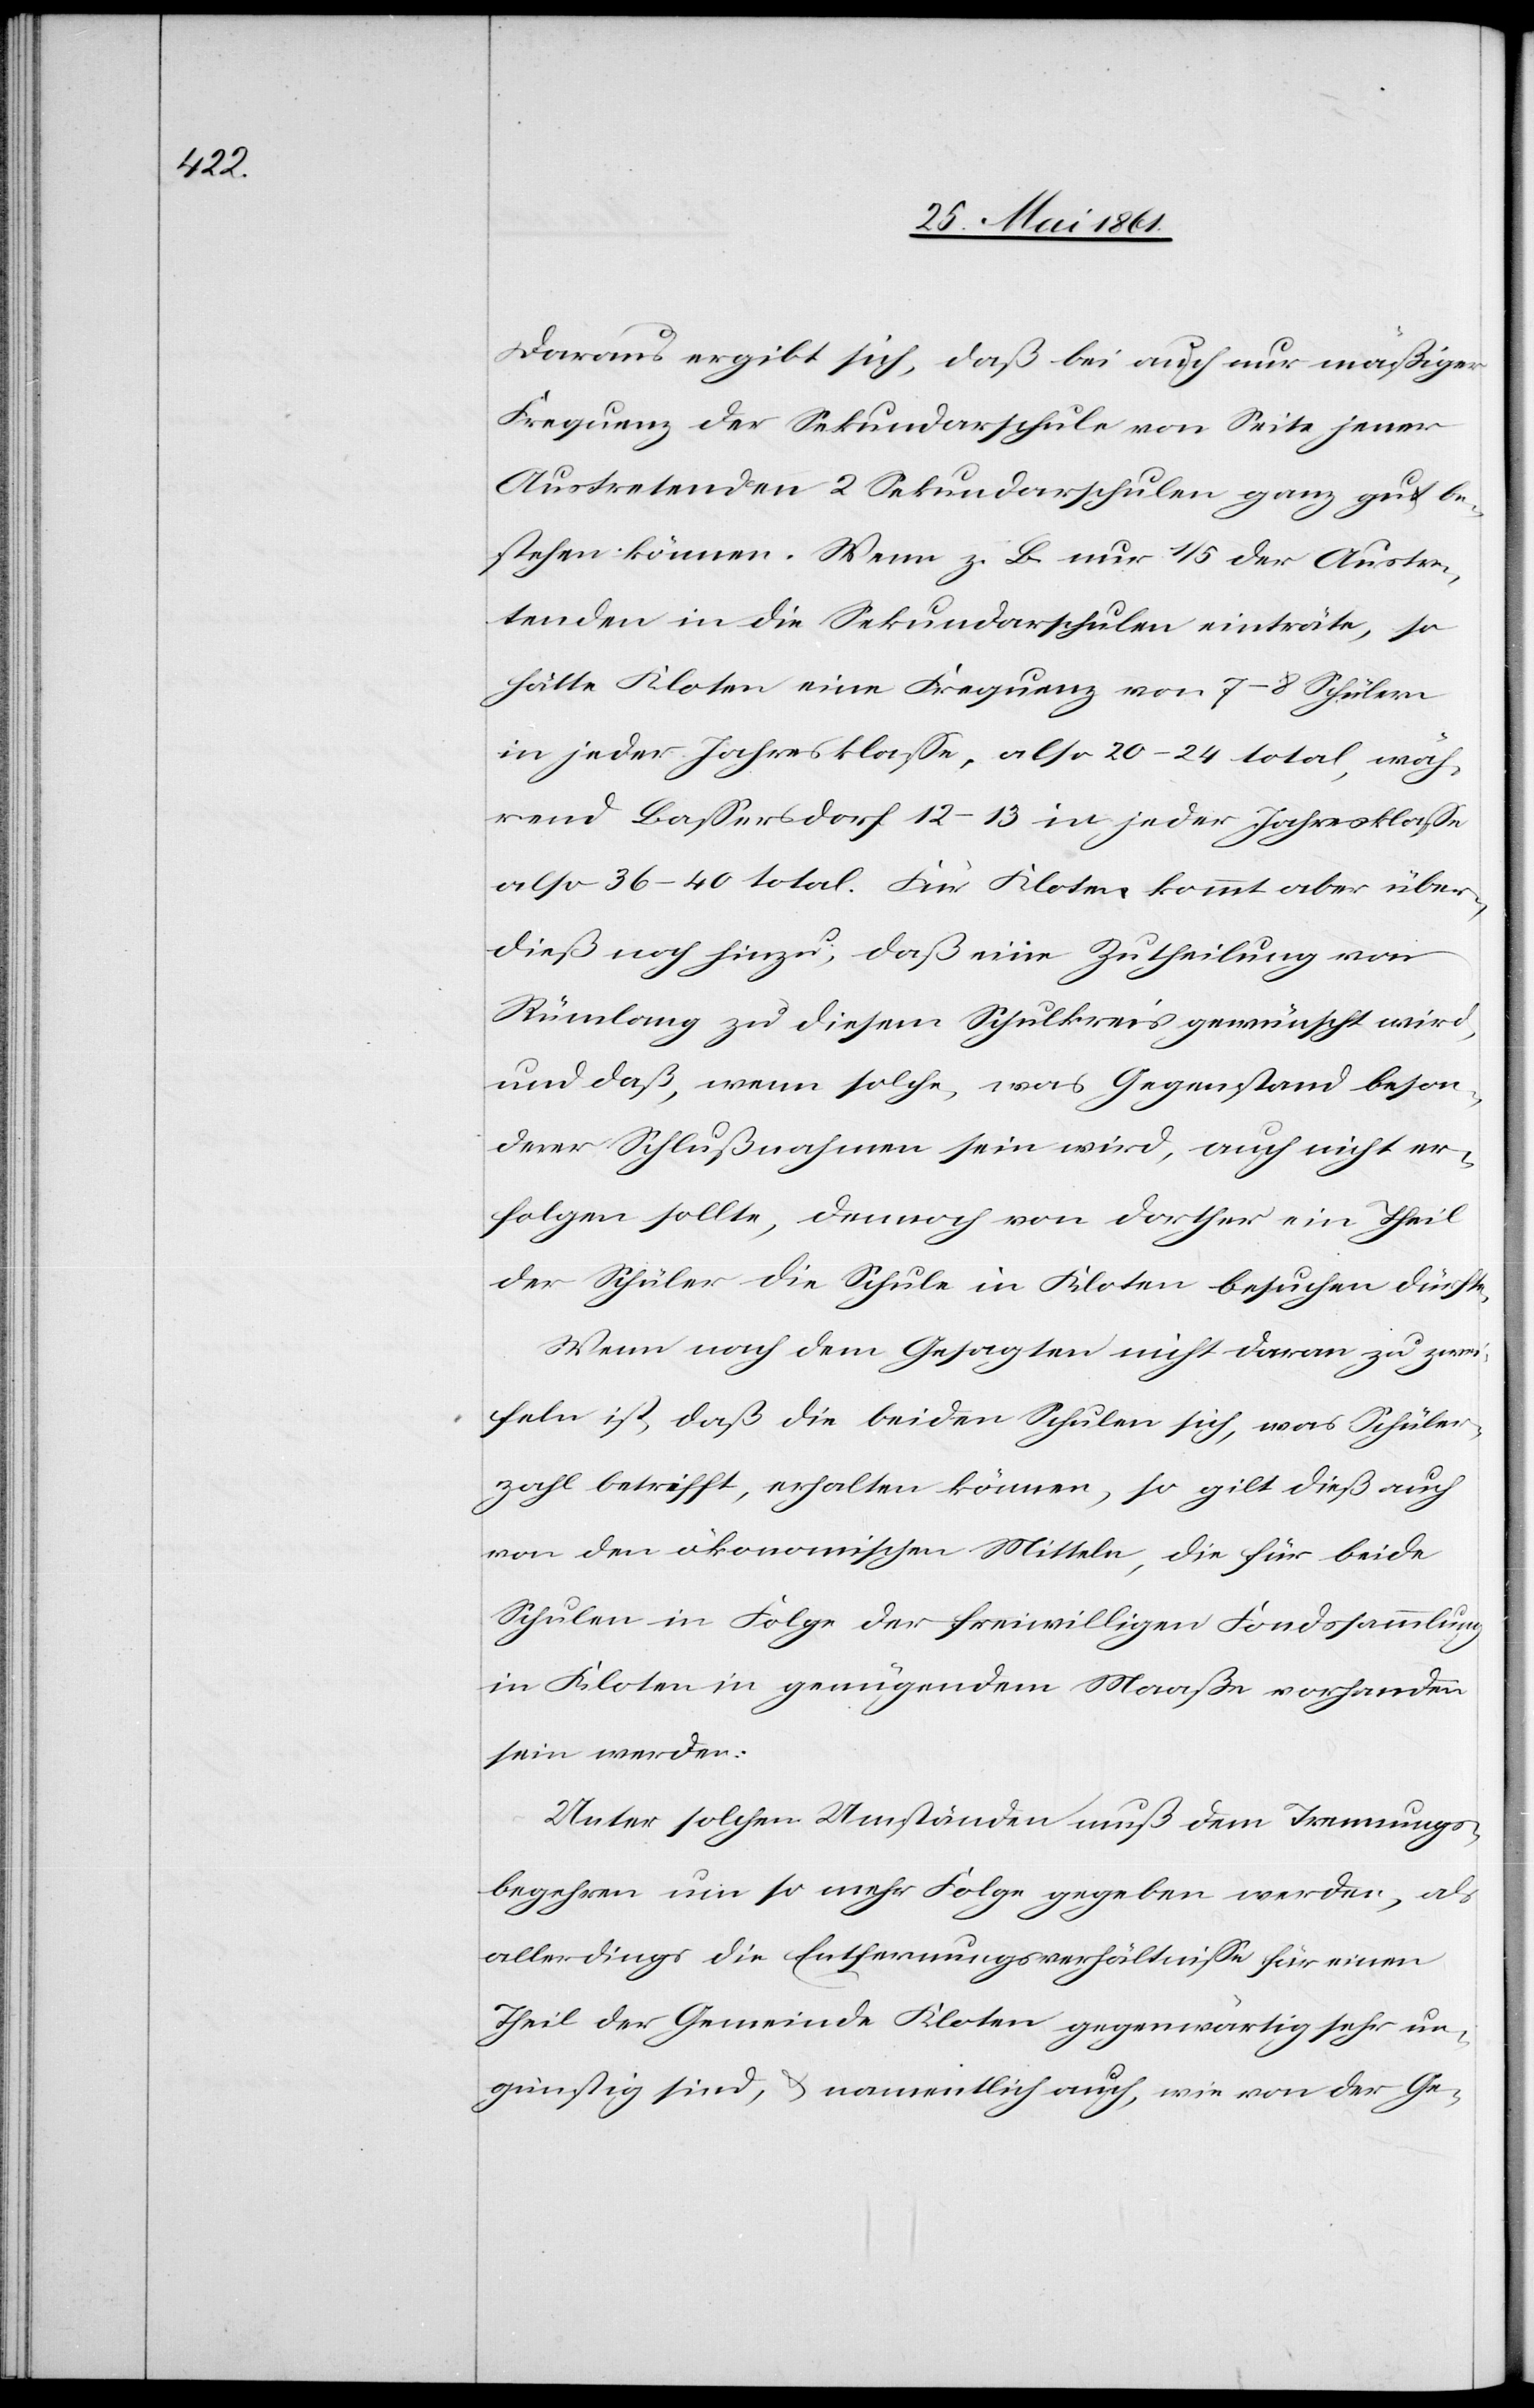
Daraus ergibt sich, daß bei auch nur mäßiger
Frequenz der Sekundarschule von Seite jener
Austretenden 2 Sekundarschulen ganz gut be¬
stehen können. Wenn z. B. nur 1/5 der Austr¬
etenden in die Sekundarschulen einträte, so
hätte Kloten eine Frequenz von 7–8 Schülern
in jeder Jahresklasse, also 20–24 total, wäh¬
rend Bassersdorf 12–13 in jeder Jahresklasse
also 36–40 total. Für Kloten kommt aber über¬
dieß noch hinzu, daß eine Zutheilung von
Rümlang zu diesem Schulkreis gewünscht wird,
und daß, wenn solche, was Gegenstand beson¬
derer Schlußnahmen sein wird, auch nicht er¬
folgen sollte, dennoch von Dorther ein Theil
der Schüler die Schule in Kloten besuchen dürfte.
Wenn nach dem Gesagten nicht daran zu zwei¬
feln ist, daß die beiden Schulen sich, was Schüler¬
zahl betrifft, erhalten können, so gilt dieß auch
von den ökonomischen Mitteln, die für beide
Schulen in Folge der freiwilligen Fondssammlung
in Kloten in genügendem Maaße vorhanden
sein werden.
Unter solchen Umständen muß dem Trennungs¬
begehren um so mehr Folge gegeben werden, als
allerdings die Entfernungsverhältnisse für einen
Theil der Gemeinde Kloten gegenwärtig sehr un¬
günstig sind, u. namentlich auch, wie von der Ge-